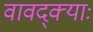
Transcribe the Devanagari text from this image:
वावद्क्याः